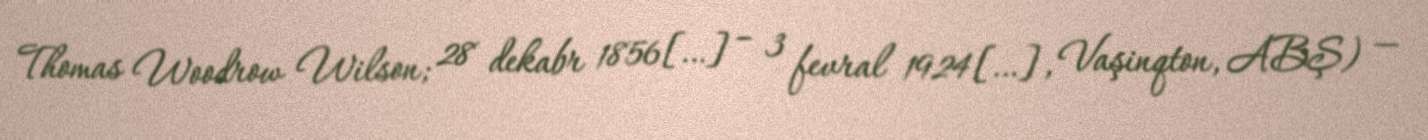
Thomas Woodrow Wilson; 28 dekabr 1856[…] – 3 fevral 1924[…], Vaşinqton, ABŞ) —